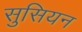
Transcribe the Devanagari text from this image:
सुसियन